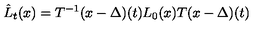
\hat { L } _ { t } ( x ) = T ^ { - 1 } ( x - \Delta ) ( t ) L _ { 0 } ( x ) T ( x - \Delta ) ( t )